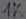
Text: 1%